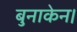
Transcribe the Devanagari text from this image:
बुनाकेन।